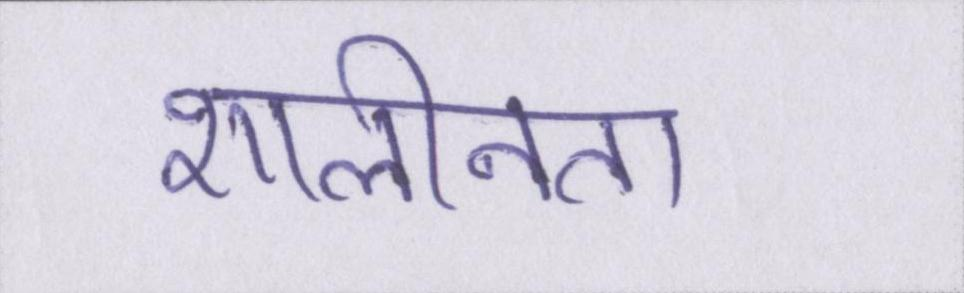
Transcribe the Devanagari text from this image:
शालीनता